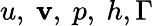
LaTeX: u,~\mathbf{v},~p,~h,\Gamma